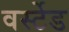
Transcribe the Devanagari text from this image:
वर्स्टेड